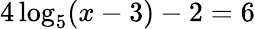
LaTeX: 4\log_{5}(x-3)-2=6